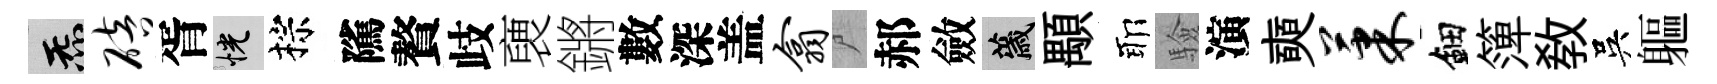
炁碚胥恍棕隲贅歧褏鏘數深盖翕尸郝斂薉顒耶驗演奭果鈿𥱼教吳軀